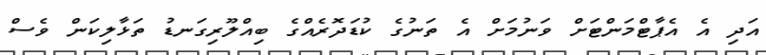
އަދި އެ އެޕާޓްމަންޓަށް ވަނުމަށް އެ ތަނުގެ ކުޑަދޮރެއްގެ ބިއްލޫރިގަނޑު ތަޅާލިކަން ވެސް